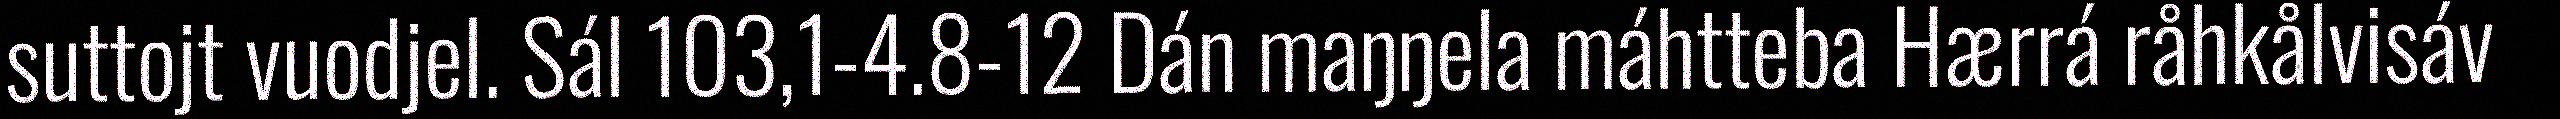
suttojt vuodjel. Sál 103,1-4.8-12 Dán maŋŋela máhtteba Hærrá råhkålvisáv